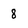
Character: 8